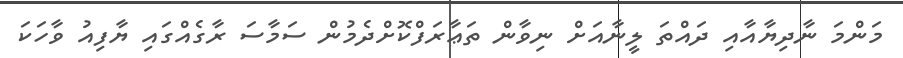
މަންމަ ނާދިޔާއާއި ދައްތަ ލީނާއަށް ނިވާން ތަޢާރަފްކޮށްދެމުން ސަމާސަ ރާގެއްގައި ޔާފިއު ވާހަކަ